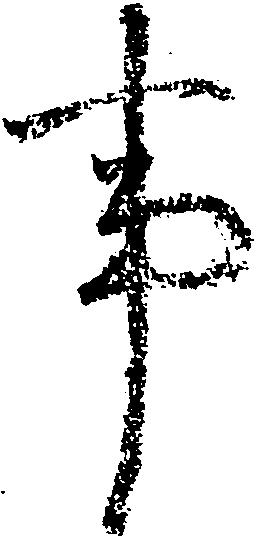
事